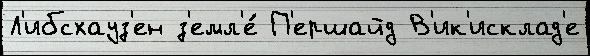
Л'ибсхауз'ен з'емл'е́ П'ершайд В'ик'исклад'е